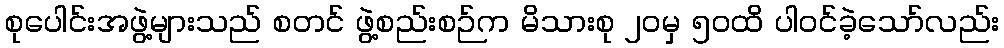
စုပေါင်းအဖွဲ့များသည် စတင် ဖွဲ့စည်းစဉ်က မိသားစု ၂၀မှ ၅၀ထိ ပါဝင်ခဲ့သော်လည်း